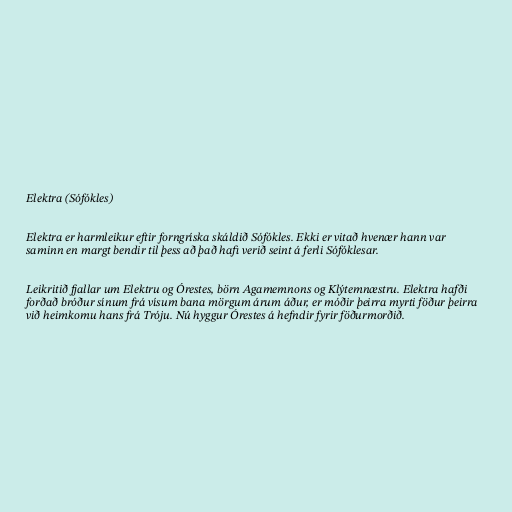
Elektra (Sófókles)

Elektra er harmleikur eftir forngríska skáldið Sófókles. Ekki er vitað hvenær hann var
saminn en margt bendir til þess að það hafi verið seint á ferli Sófóklesar.

Leikritið fjallar um Elektru og Órestes, börn Agamemnons og Klýtemnæstru. Elektra hafði
forðað bróður sínum frá vísum bana mörgum árum áður, er móðir þeirra myrti föður þeirra
við heimkomu hans frá Tróju. Nú hyggur Órestes á hefndir fyrir föðurmorðið.